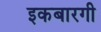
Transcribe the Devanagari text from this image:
इकबारगी